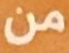
من